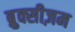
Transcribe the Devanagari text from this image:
ब्रुक्सीज़म